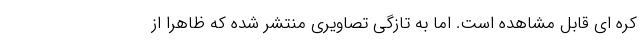
کره ای قابل مشاهده است. اما به تازگی تصاویری منتشر شده که ظاهرا از